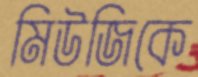
মিউজিকে